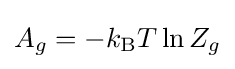
A_{g}=-k_{\rm {B}}T\ln Z_{g}